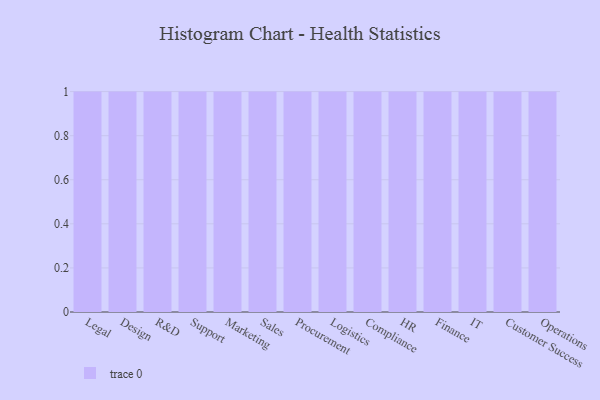
{"axis": {"x": "Department", "y": "Operating Costs (USD K)"}, "legend": [""], "data": [{"x": "Legal", "y": 28, "type": ""}, {"x": "Design", "y": 41, "type": ""}, {"x": "R&D", "y": 55, "type": ""}, {"x": "Support", "y": 13, "type": ""}, {"x": "Marketing", "y": 12, "type": ""}, {"x": "Sales", "y": 59, "type": ""}, {"x": "Procurement", "y": 81, "type": ""}, {"x": "Logistics", "y": 66, "type": ""}, {"x": "Compliance", "y": 50, "type": ""}, {"x": "HR", "y": 52, "type": ""}, {"x": "Finance", "y": 34, "type": ""}, {"x": "IT", "y": 3, "type": ""}, {"x": "Customer Success", "y": 76, "type": ""}, {"x": "Operations", "y": 83, "type": ""}]}